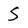
Character: S